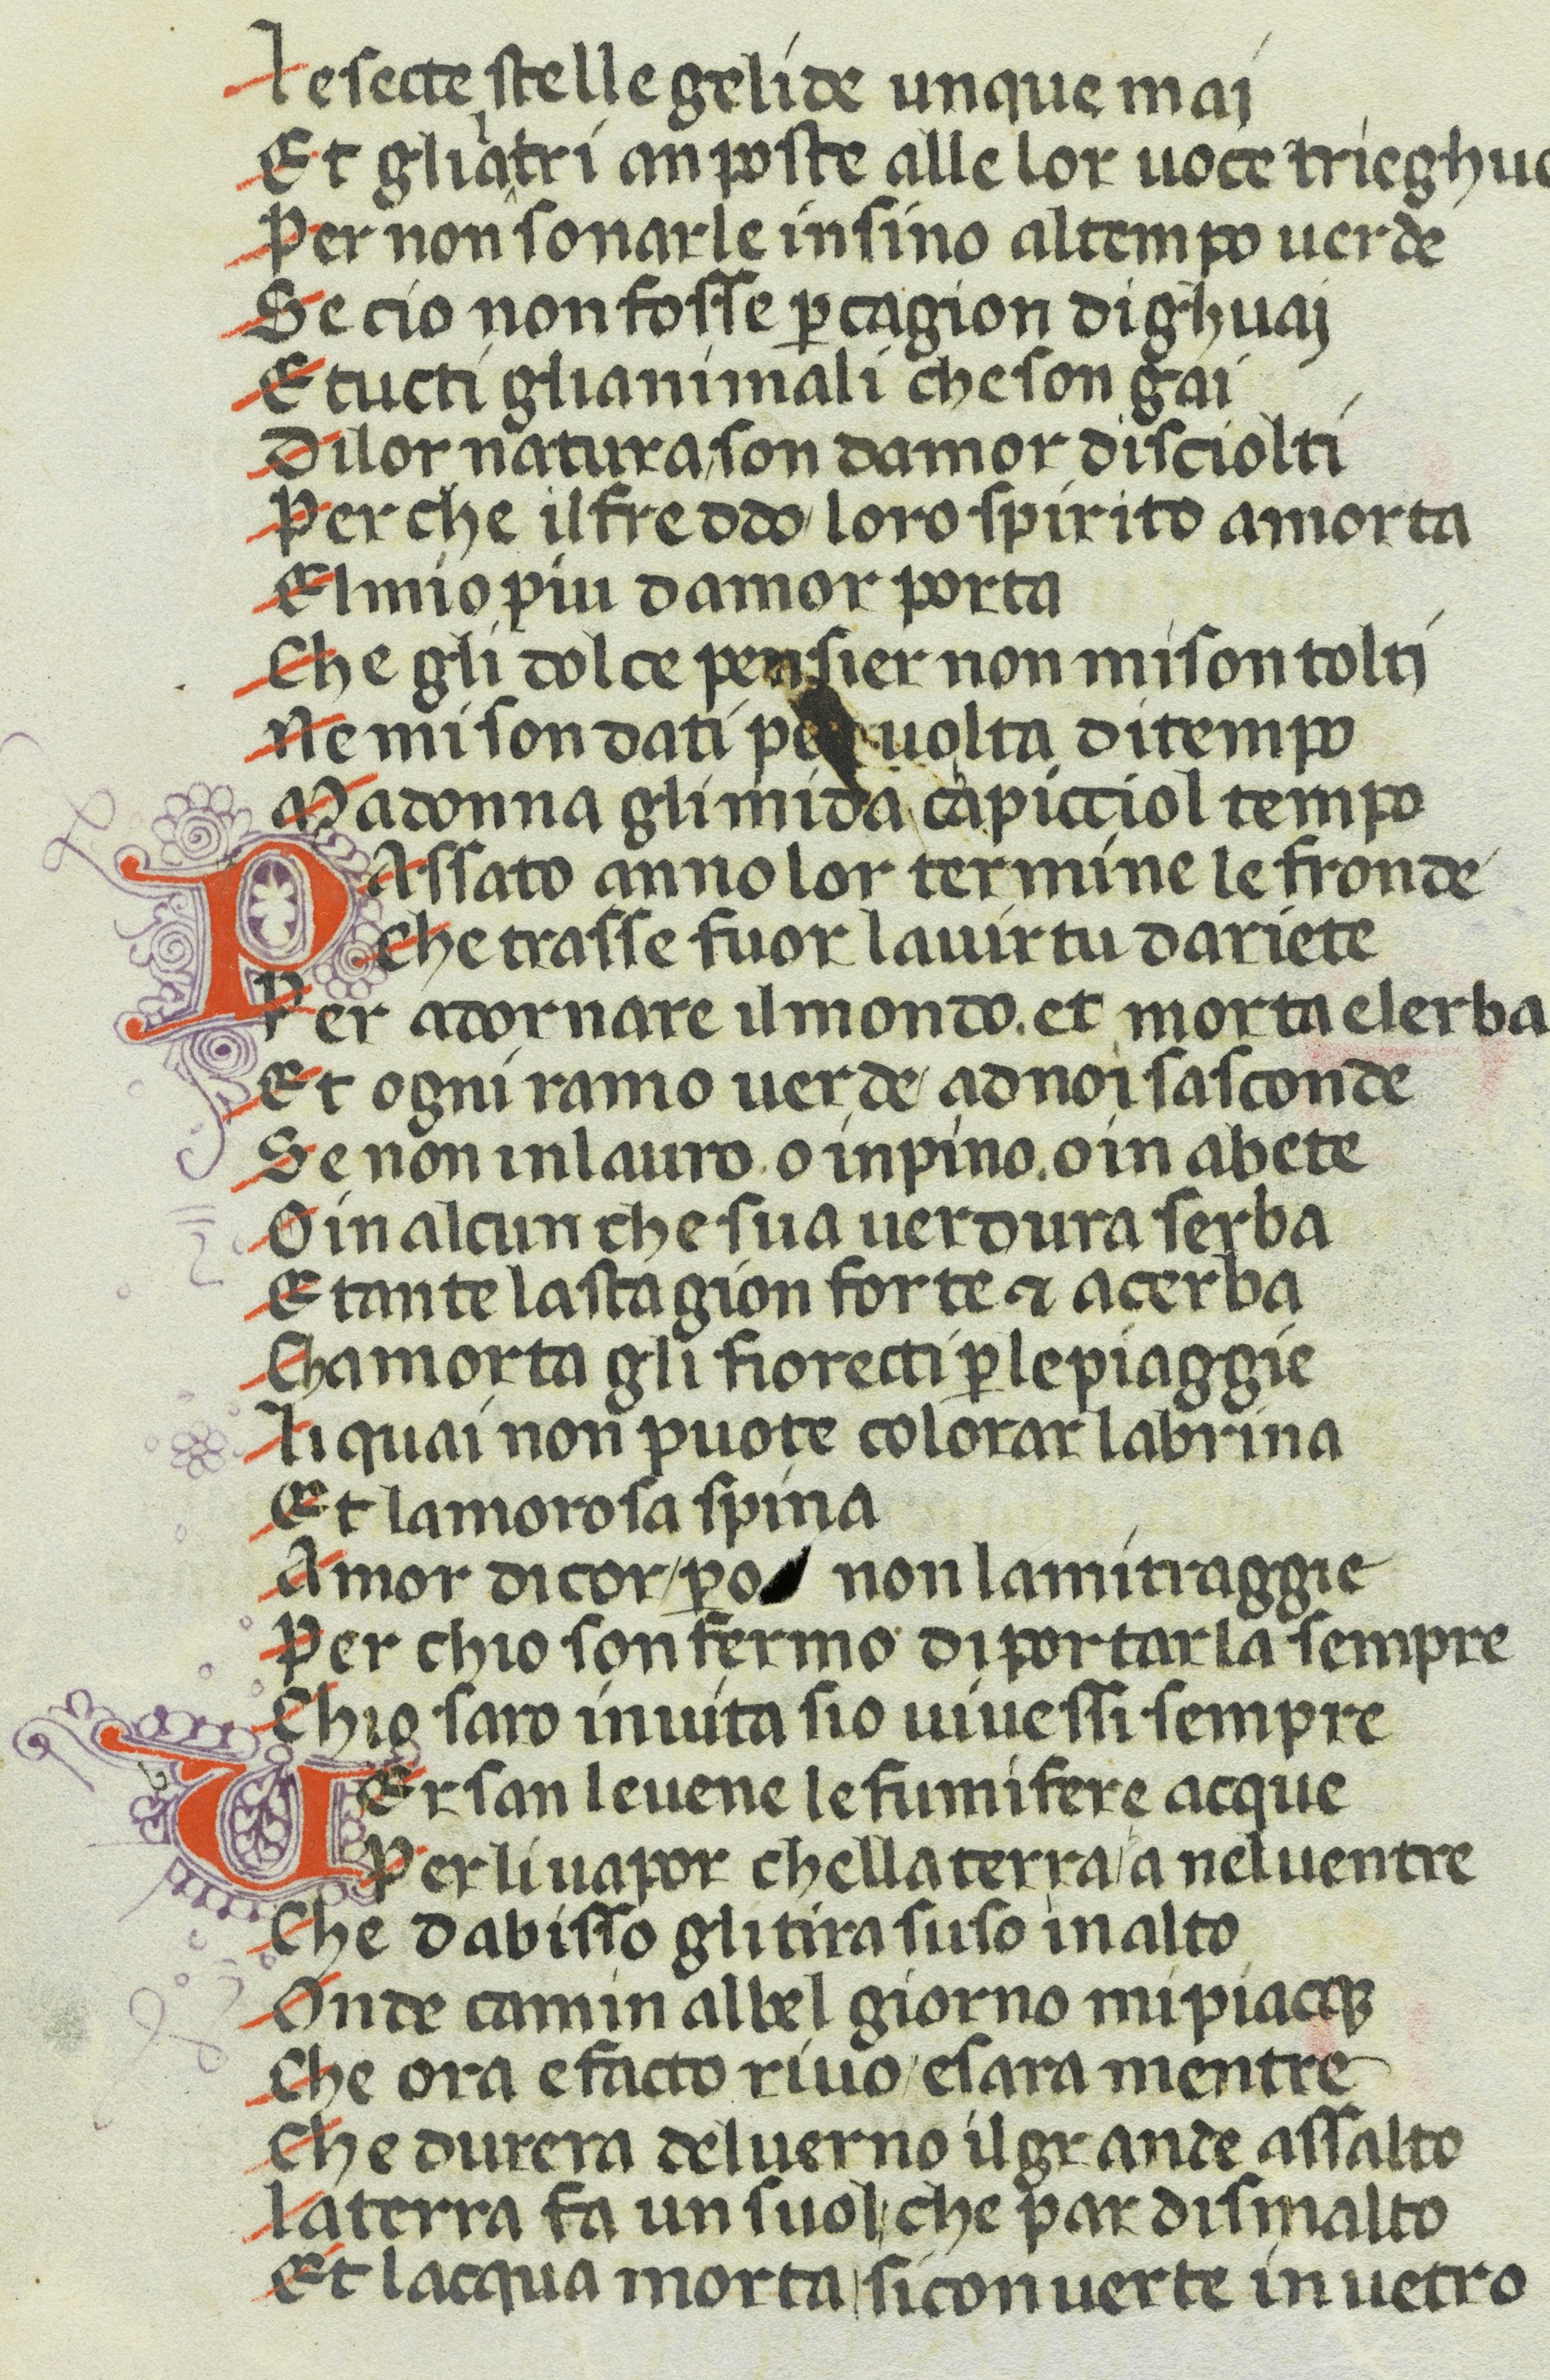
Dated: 1370–1399